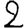
Digit: 2